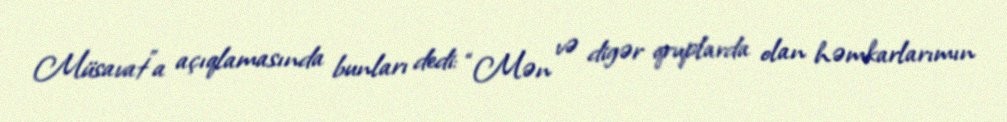
Müsavat”a açıqlamasında bunları dedi: “Mən və digər qruplarda olan həmkarlarımın